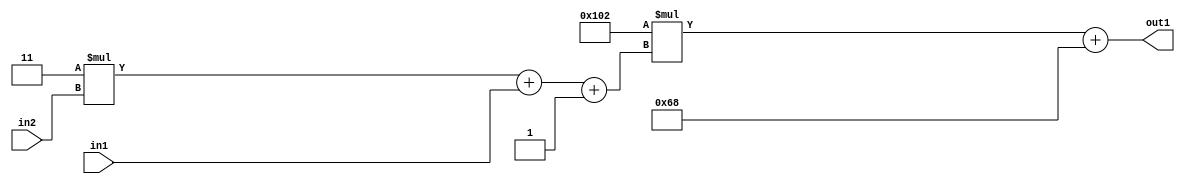
`timescale 1ps / 1ps
/*****************************************************************************
    Verilog RTL Description
    
    
    Created by: Stratus DpOpt 2019.1.01 
*******************************************************************************/

module DC_Filter_Add2i104Mul2i258Add3i1u1Mul2i3u2_4 (
	in2,
	in1,
	out1
	); /* architecture "behavioural" */ 
input [1:0] in2;
input  in1;
output [11:0] out1;
wire [11:0] asc001;
wire [3:0] asc002;

wire [3:0] asc002_tmp_0;
wire [3:0] asc002_tmp_1;
assign asc002_tmp_1 = 
	+(4'B0011 * in2);
assign asc002_tmp_0 = asc002_tmp_1
	+(in1);
assign asc002 = asc002_tmp_0
	+(4'B0001);

wire [11:0] asc001_tmp_2;
assign asc001_tmp_2 = 
	+(12'B000100000010 * asc002);
assign asc001 = asc001_tmp_2
	+(12'B000001101000);

assign out1 = asc001;
endmodule

/* CADENCE  vrP3TAA= : u9/ySgnWtBlWxVPRXgAZ4Og= ** DO NOT EDIT THIS LINE ******/